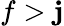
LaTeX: f>\mathbf{j}